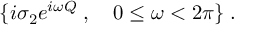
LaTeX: \{ i \sigma _ { 2 } e ^ { i \omega Q } \; , \quad 0 \le \omega < 2 \pi \} \; .